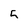
Character: 5